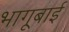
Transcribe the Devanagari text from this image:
भागूबाई